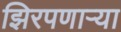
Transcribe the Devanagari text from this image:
झिरपणाऱ्या